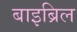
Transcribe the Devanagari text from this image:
बाइब्रिल